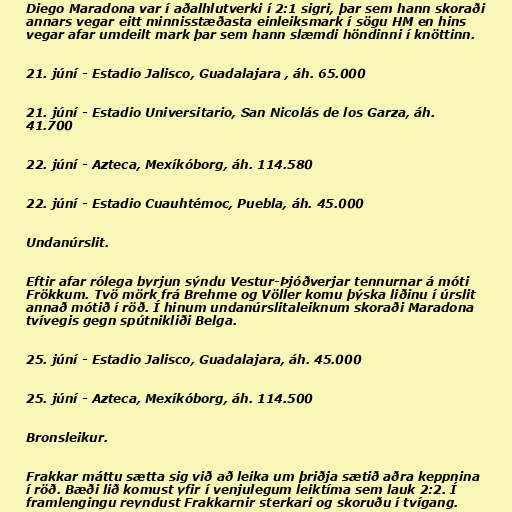
Diego Maradona var í aðalhlutverki í 2:1 sigri, þar sem hann skoraði
annars vegar eitt minnisstæðasta einleiksmark í sögu HM en hins
vegar afar umdeilt mark þar sem hann slæmdi höndinni í knöttinn.

21. júní - Estadio Jalisco, Guadalajara , áh. 65.000

21. júní - Estadio Universitario, San Nicolás de los Garza, áh.
41.700

22. júní - Azteca, Mexíkóborg, áh. 114.580

22. júní - Estadio Cuauhtémoc, Puebla, áh. 45.000

Undanúrslit.

Eftir afar rólega byrjun sýndu Vestur-Þjóðverjar tennurnar á móti
Frökkum. Tvö mörk frá Brehme og Völler komu þýska liðinu í úrslit
annað mótið í röð. Í hinum undanúrslitaleiknum skoraði Maradona
tvívegis gegn spútnikliði Belga.

25. júní - Estadio Jalisco, Guadalajara, áh. 45.000

25. júní - Azteca, Mexíkóborg, áh. 114.500

Bronsleikur.

Frakkar máttu sætta sig við að leika um þriðja sætið aðra keppnina
í röð. Bæði lið komust yfir í venjulegum leiktíma sem lauk 2:2. Í
framlengingu reyndust Frakkarnir sterkari og skoruðu í tvígang.